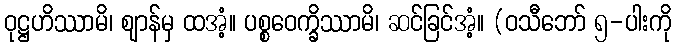
ဝုဋ္ဌဟိဿာမိ၊ ဈာန်မှ ထအံ့။ ပစ္စဝေက္ခိဿာမိ၊ ဆင်ခြင်အံ့။ (ဝသီဘော် ၅-ပါးကို